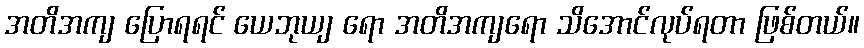
အတိအကျ ပြောရရင် ယေဘုယျ ရော အတိအကျရော သိအောင်လုပ်ရတာ ဖြစ်တယ်။